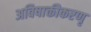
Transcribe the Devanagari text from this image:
अविषाक्तीकरणृ